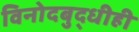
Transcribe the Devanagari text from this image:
विनोदबुद्धीही